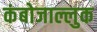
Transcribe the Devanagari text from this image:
कंबोजाल्लुक